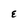
Character: E